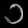
Digit: ၁